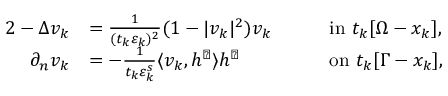
\begin{array} { r l r l } { { 2 } - \Delta v _ { k } } & { = \frac { 1 } { ( t _ { k } \varepsilon _ { k } ) ^ { 2 } } ( 1 - | v _ { k } | ^ { 2 } ) v _ { k } \quad } & & { \mathrm { i n } \ t _ { k } [ \Omega - x _ { k } ] , } \\ { \partial _ { n } v _ { k } } & { = - \frac { 1 } { t _ { k } \varepsilon _ { k } ^ { s } } \langle v _ { k } , h ^ { \perp } \rangle h ^ { \perp } \quad } & & { \mathrm { o n } \ t _ { k } [ \Gamma - x _ { k } ] , } \end{array}